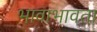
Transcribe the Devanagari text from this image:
भावाभावता